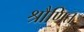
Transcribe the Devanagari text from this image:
श्रौणित